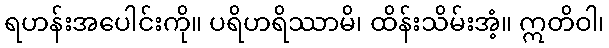
ရဟန်းအပေါင်းကို။ ပရိဟရိဿာမိ၊ ထိန်းသိမ်းအံ့။ ဣတိဝါ၊